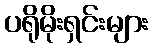
ပရိုမိုးရှင်းများ